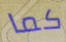
كما